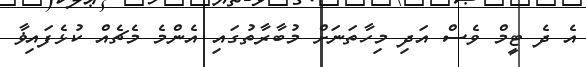
އެ ދެ ޓީމް ވެސް އަދި މިހާތަނަށް މުބާރާތުގައި އެންމެ މެޗެއް ކުޅެފައިޥާ